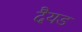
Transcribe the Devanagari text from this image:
दैयड